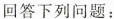
回答下列问题：